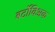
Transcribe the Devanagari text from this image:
बर्टोविअक